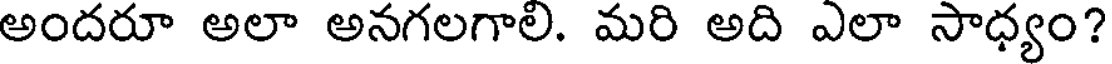
అందరూ అలా అనగలగాలి. మరి అది ఎలా సాధ్యం?